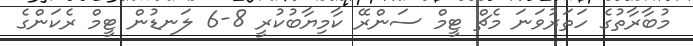
މުބާރާތުގެ ހަތަރުވަނަ މެޗް ޓީމް ސަންރޭ ކާމިޔާބުކުރީ 8-6 ލަނޑުން ޓީމް ރެކަންގެ